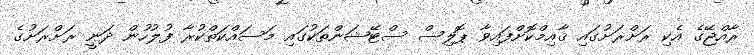
ރާއްޖޭގެ އެކި ރަށްރަށުގައި ޤާއިމްކޮށްފައިވާ ޕޮލިސް ސްޓޭޝަންތަކުގައި މަސައްކަތްކުރާ ފުލުހުން ދަނީ ރަށްރަށުގެ